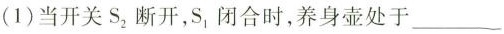
(1)当开关S_{2} 断开，S_{1} 闭合时，养身壶处于___